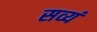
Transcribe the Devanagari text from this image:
सव्यं